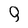
Character: Q